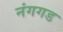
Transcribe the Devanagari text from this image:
नंगगड